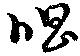
唱